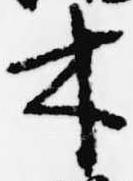
木